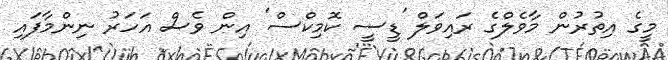
މީީގެ އިތުރުން މާވެލްގެ ރައިވަލް 'ޑީސީ ކޮމިކްސް' އިން ވެސް އަހަރު ނިންމާފައި